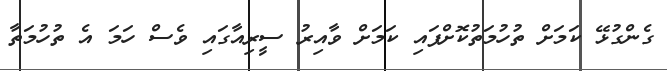
ގެންގުޅޭ ކަމަށް ތުހުމަތުކޮށްފައި ކަމަށް ވާއިރު ސީރިއާގައި ވެސް ހަމަ އެ ތުހުމަތާ